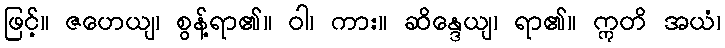
ဖြင့်။ ဇဟေယျ၊ စွန့်ရာ၏။ ဝါ၊ ကား။ ဆိန္ဒေယျ၊ ရာ၏။ ဣတိ အယံ၊